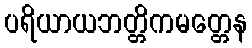
ပရိယာယဘတ္တိကမတ္တေန